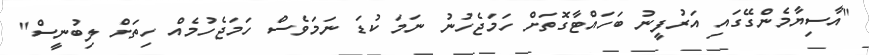
"އާސިޔާމެންގޭގައި އަރުފީނު ބަހައްޓާގޮތަށް ހަމަޖެހުނު ނަމަ ކުޑަ ނަމަވެސް ހަމަޖެހުމެއް ހިތަށް ލިބުނީސް"